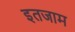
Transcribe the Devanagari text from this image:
इतजाम